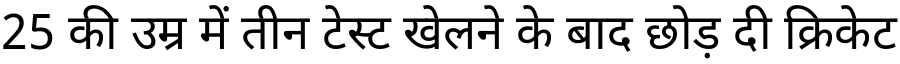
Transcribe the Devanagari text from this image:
25 की उम्र में तीन टेस्ट खेलने के बाद छोड़ दी क्रिकेट